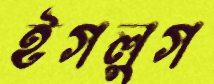
ইগলুগ